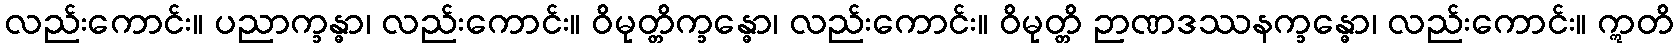
လည်းကောင်း။ ပညာက္ခန္ဓာ၊ လည်းကောင်း။ ဝိမုတ္တိက္ခန္ဓော၊ လည်းကောင်း။ ဝိမုတ္တိ ဉာဏဒဿနက္ခန္ဓော၊ လည်းကောင်း။ ဣတိ